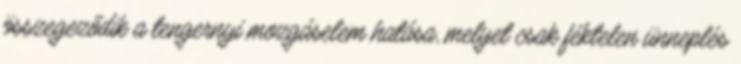
összegeződik a tengernyi mozgáselem hatása, melyet csak féktelen ünneplés